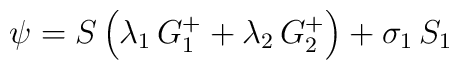
\psi=S\left(\lambda_1\,G_1^+ + \lambda_2\,G_2^+\right)+\sigma_1\,S_1